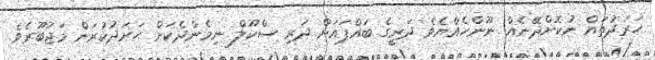
ޙަރަދުތައް ނުކޮށްދޭނެއް ނޫންހެއްޔެވެ ދަރީގެ ބައްޕައަށް ދަރި ސްކޫލް ނިމެންދެކަށް ޙަރަދުކުރަން މަޖުބޫރެވެ.